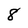
Character: 8